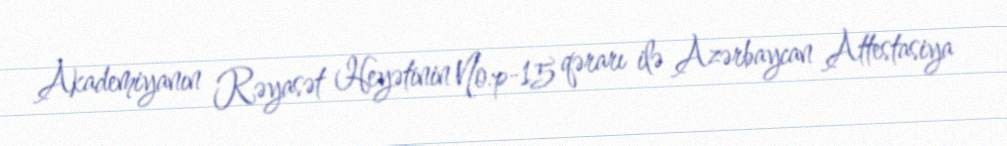
Akademiyanın Rəyasət Heyətinin No:p-15 qərarı ilə Azərbaycan Attestasiya